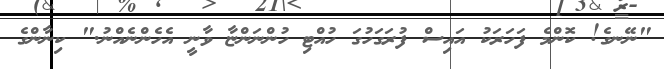
"ނޭނގެ! ކޮންމެ ފަހަރަކު އައިސް ފުރަގަހުގަ ހުއްޓި ހުންނަންޏާ ވާނީ އެހެންނެއްނު." ކިނާންގެ